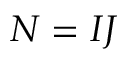
N = I J